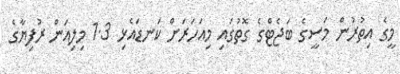
މީގެ އިތުރުން މަސީގެ ބަޖެޓްގެ ގޮތުގައި މިއަހަރަށް ކަނޑައެޅި 1.3 މިލިއަަން ރުފިޔާގެ